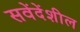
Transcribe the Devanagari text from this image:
सवेंदेंशील